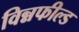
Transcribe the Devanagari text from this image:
विन्नफील्ड